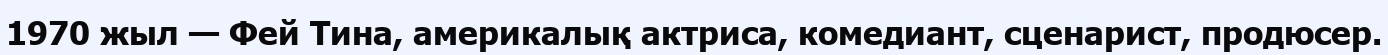
1970 жыл — Фей Тина, америкалық актриса, комедиант, сценарист, продюсер.